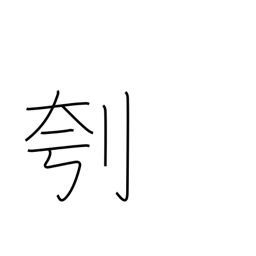
Meaning: clear